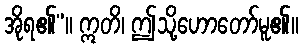
အိုရ၏”။ ဣတိ၊ ဤသို့ဟောတော်မူ၏။